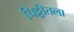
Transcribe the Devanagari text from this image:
चिठ्ठीतला